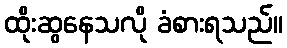
ထိုးဆွနေသလို ခံစားရသည်။